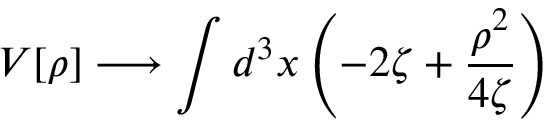
V [ \rho ] \longrightarrow \int d ^ { 3 } x \left( - 2 \zeta + \frac { \rho ^ { 2 } } { 4 \zeta } \right)